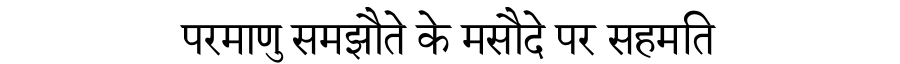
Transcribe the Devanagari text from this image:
परमाणु समझौते के मसौदे पर सहमति